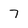
Character: 7